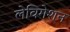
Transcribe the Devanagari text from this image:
लेविगेशन